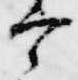
宰